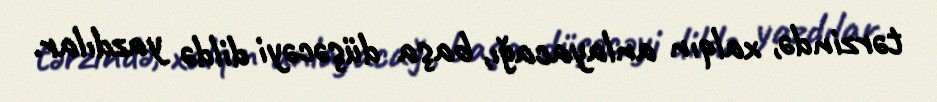
tərzində, xalqın anlayacağı, başa düşəcəyi dildə yazdılar.